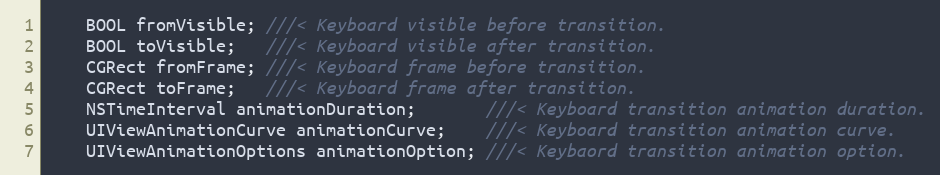
Language: C
    BOOL fromVisible; ///< Keyboard visible before transition.
    BOOL toVisible;   ///< Keyboard visible after transition.
    CGRect fromFrame; ///< Keyboard frame before transition.
    CGRect toFrame;   ///< Keyboard frame after transition.
    NSTimeInterval animationDuration;       ///< Keyboard transition animation duration.
    UIViewAnimationCurve animationCurve;    ///< Keyboard transition animation curve.
    UIViewAnimationOptions animationOption; ///< Keybaord transition animation option.